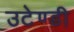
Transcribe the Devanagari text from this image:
उटेण्डी